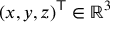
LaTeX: ( x , y , z ) ^ { \mathsf { T } } \in \mathbb { R } ^ { 3 } \,